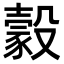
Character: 豰